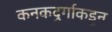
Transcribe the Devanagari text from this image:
कनकदुर्गाकडून